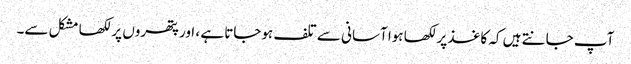
آپ جانتے ہیں کہ کاغذ پر لکھا ہوا آسانی سے تلف ہوجاتا ہے ، اور پتھروں پر لکھا مشکل سے۔